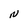
Character: N